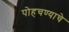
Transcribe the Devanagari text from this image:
पोहचण्याचे